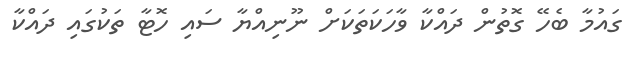
ގައުމާ ބެހޭ ގޮތުން ދައްކާ ވާހަކަތަކަށް ނޫނިއްޔާ ސައި ހޮޓާ ތަކުގައި ދައްކާ